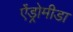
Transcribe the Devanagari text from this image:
ऐंड्रोमीडा